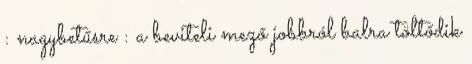
: nagybetűsre : a beviteli mező jobbról balra töltődik